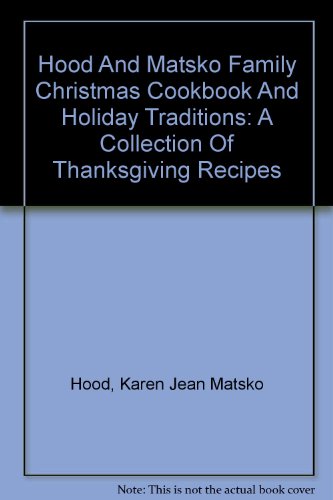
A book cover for Hood And Matsko Family Christmas Cookbook And Holiday Traditions: A Collection Of Thanksgiving Recipes; Karen Jean Matsko Hood; Cookbooks, Food & Wine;